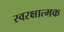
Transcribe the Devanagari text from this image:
स्वरक्षात्मक